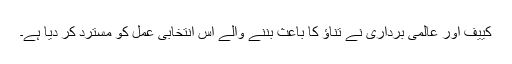
کییف اور عالمی برداری نے تناؤ کا باعث بننے والے اس انتخابی عمل کو مسترد کر دیا ہے۔